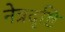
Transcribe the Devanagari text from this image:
नेत्रदृष्टि